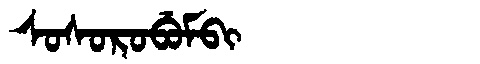
Manchu: ᠰᠣᠰᠣᡵᠣᠪᡠᠮᠪᡳ
Romanization: SOSOROBUMBI